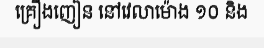
គ្រឿងញៀន នៅវេលាម៉ោង ១០ និង